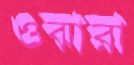
ওঝারা